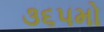
૩૬૫મો